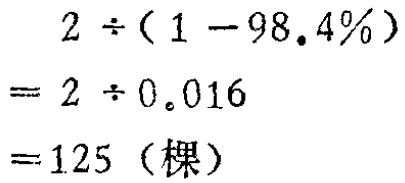
\[

\begin{align*}

&2\div(1 - 98.4\%)\\

=&2\div0.016\\

=&125 (\text{棵})

\end{align*}

\]